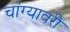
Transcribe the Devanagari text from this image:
चांग्यावरी